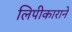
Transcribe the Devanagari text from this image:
लिपीकाराने